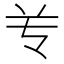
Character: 𰃝